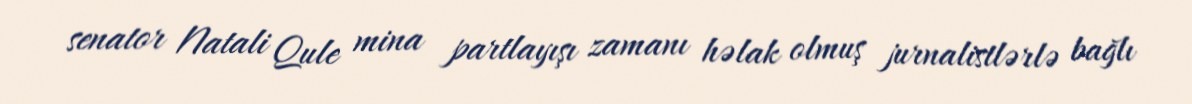
senator Natali Qule mina partlayışı zamanı həlak olmuş jurnalistlərlə bağlı